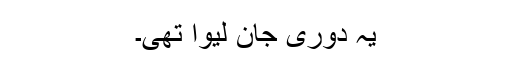
یہ دوری جان لیوا تھی۔